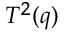
\scriptstyle { T ^ { 2 } ( q ) }